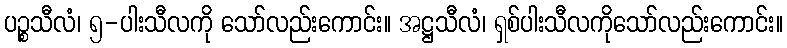
ပဉ္စသီလံ၊ ၅-ပါးသီလကို သော်လည်းကောင်း။ အဋ္ဌသီလံ၊ ရှစ်ပါးသီလကိုသော်လည်းကောင်း။